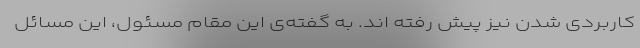
کاربردی شدن نیز پیش رفته اند. به گفته‌ی این مقام مسئول، این مسائل